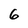
Character: 6